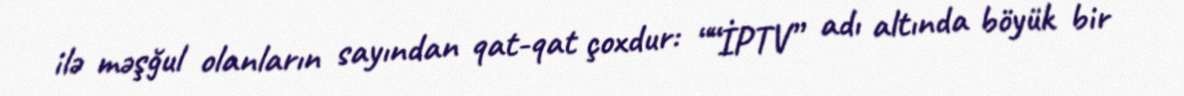
ilə məşğul olanların sayından qat-qat çoxdur: ““İPTV” adı altında böyük bir